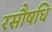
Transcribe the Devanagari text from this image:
रसौषधि